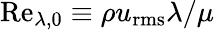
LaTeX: \mathrm{Re}_{\lambda,0}\equiv\rho u_{\mathrm{rms}}\lambda/\mu